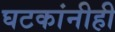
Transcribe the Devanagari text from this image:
घटकांनीही